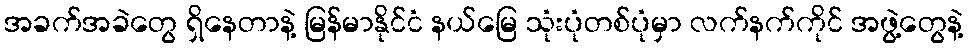
အခက်အခဲတွေ ရှိနေတာနဲ့ မြန်မာနိုင်ငံ နယ်မြေ သုံးပုံတစ်ပုံမှာ လက်နက်ကိုင် အဖွဲ့တွေနဲ့